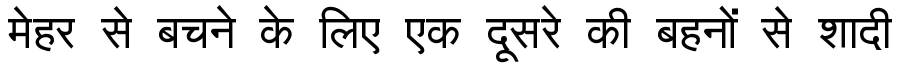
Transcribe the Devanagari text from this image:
मेहर से बचने के लिए एक दूसरे की बहनों से शादी